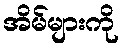
အိမ်များကို